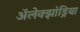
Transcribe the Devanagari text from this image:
अॅलेक्झांड्रिया